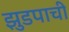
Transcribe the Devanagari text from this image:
झुडपाची